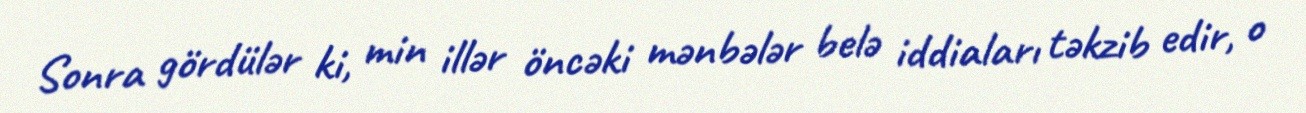
Sonra gördülər ki, min illər öncəki mənbələr belə iddiaları təkzib edir, o